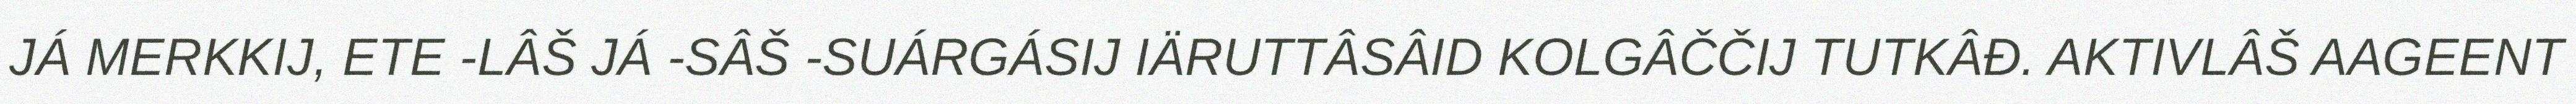
JÁ MERKKIJ, ETE -LÂŠ JÁ -SÂŠ -SUÁRGÁSIJ IÄRUTTÂSÂID KOLGÂČČIJ TUTKÂĐ. AKTIVLÂŠ AAGEENT